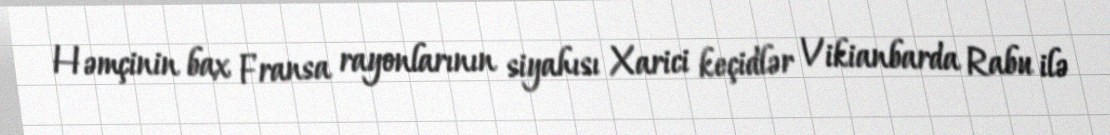
Həmçinin bax Fransa rayonlarının siyahısı Xarici keçidlər Vikianbarda Rabu ilə